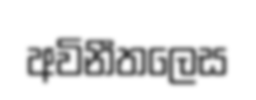
අවිනීතලෙස